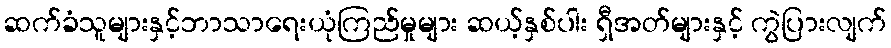
ဆက်ခံသူများနှင့်ဘာသာရေးယုံကြည်မှုများ ဆယ့်နှစ်ပါး ရှီအတ်များနှင့် ကွဲပြားလျက်